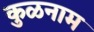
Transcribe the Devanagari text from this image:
कुळनाम